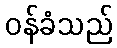
ဝန်ခံသည်